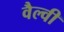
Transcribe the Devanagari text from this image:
वैल्वी